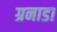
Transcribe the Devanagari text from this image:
ग्रनाडा